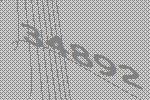
34892